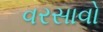
વરસાવો